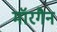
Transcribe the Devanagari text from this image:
मॉरगैन